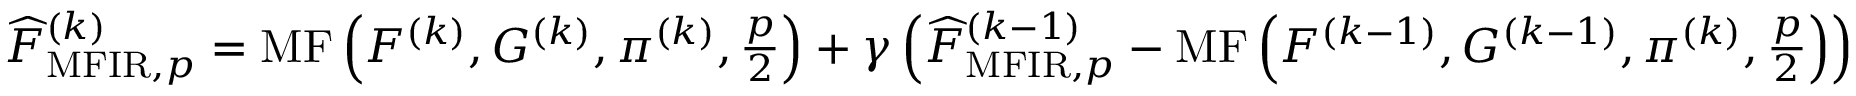
\begin{array} { r } { \widehat { F } _ { \mathrm { M F I R } , p } ^ { ( k ) } = \operatorname { M F } \left( F ^ { ( k ) } , G ^ { ( k ) } , \pi ^ { ( k ) } , \frac { p } { 2 } \right) + \gamma \left( \widehat { F } _ { \mathrm { M F I R } , p } ^ { ( k - 1 ) } - \operatorname { M F } \left( F ^ { ( k - 1 ) } , G ^ { ( k - 1 ) } , \pi ^ { ( k ) } , \frac { p } { 2 } \right) \right) } \end{array}